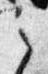
之